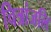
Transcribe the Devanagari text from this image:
चित्रांजलि